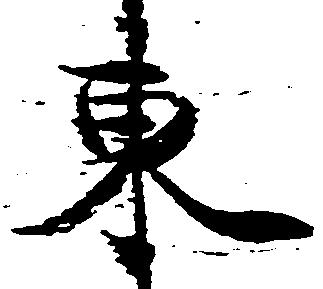
東